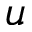
u